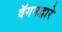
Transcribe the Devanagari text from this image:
वॅगनद्वारे